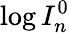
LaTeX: \log{I_{n}^{0}}